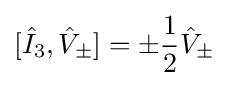
[{\hat {I}}_{3},{\hat {V}}_{\pm }]=\pm {\frac {1}{2}}{\hat {V}}_{\pm }